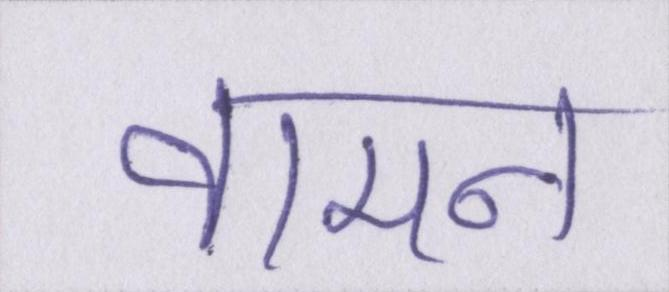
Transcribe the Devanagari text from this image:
वामन